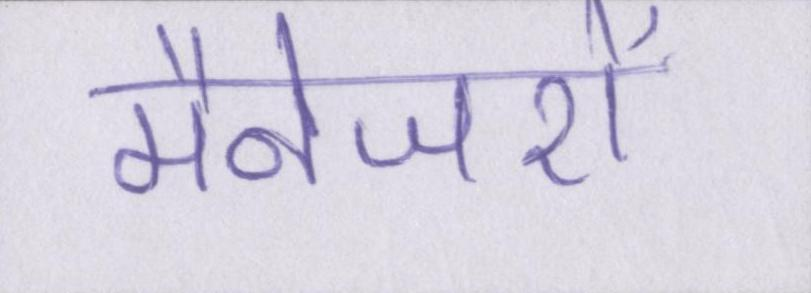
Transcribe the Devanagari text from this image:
मैनेजरों